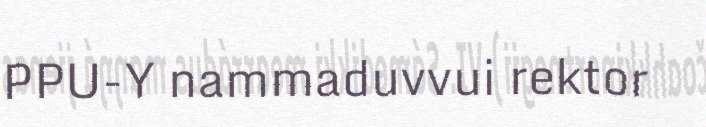
PPU-Y nammaduvvui rektor